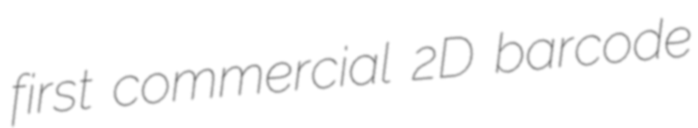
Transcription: first commercial 2D barcode